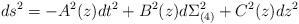
LaTeX: \begin{align*}ds^2 = -A^2(z) dt^2 + B^2(z) d\Sigma_{(4)} ^2 + C^2(z) dz^2\end{align*}